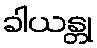
ခါယန္တု